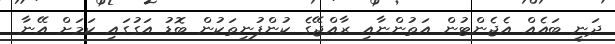
ދަނީ ބައެއް އެޖެންޓުން އަތުންނާއި ރާއްޖޭގެ ކުންފުނިތަކުން ބޮޑު އަގުގައި ކަމަށް އޭނާ